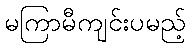
မကြာမီကျင်းပမည့်